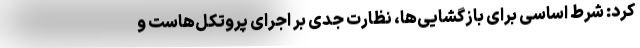
کرد: شرط اساسی برای بازگشایی‌ها، نظارت جدی بر اجرای پروتکل‌هاست و